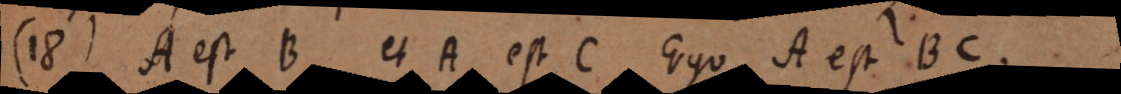
18) A est B et A est C. Ergo A est BC.